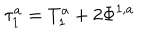
\tau _ { 1 } ^ { a } = T _ { 1 } ^ { a } + 2 \Phi ^ { 1 , a }